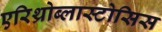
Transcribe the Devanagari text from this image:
एरिथ्रोब्लास्टोसिस